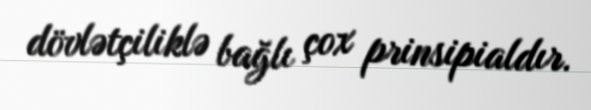
dövlətçiliklə bağlı çox prinsipialdır.